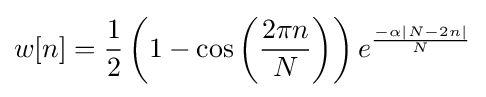
w[n]={\frac {1}{2}}\left(1-\cos \left({\frac {2\pi n}{N}}\right)\right)e^{\frac {-\alpha \left|N-2n\right|}{N}}